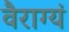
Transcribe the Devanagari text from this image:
वैराग्यं